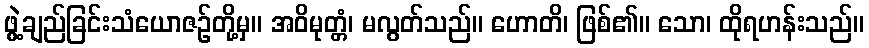
ဖွဲ့ချည်ခြင်းသံယောဇဉ်တို့မှ။ အဝိမုတ္တံ၊ မလွတ်သည်။ ဟောတိ၊ ဖြစ်၏။ သော၊ ထိုရဟန်းသည်။